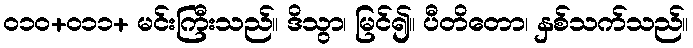
၀၁၀+၀၁၁+ မင်းကြီးသည်။ ဒိသွာ၊ မြင်၍။ ပီတိတော၊ နှစ်သက်သည်။